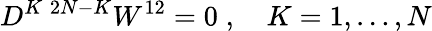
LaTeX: D^{K\; 2N-K}W^{12}=0\; ,\quad K=1,\ldots,N